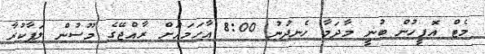
މެޓް އޮފީހުން ބުނީ މާދަމާ ހެނދުނު 8:00 އާހަމައަށް ރާއްޖޭގެ މޫސުން ލަފާކުރާ